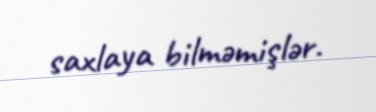
saxlaya bilməmişlər.